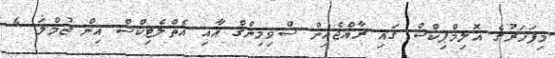
މިފަހަރުގެ އޮލިމްޕިކްސް ގައި ރާއްޖެއިން ސްވިމިންގް އާއި އެތްލެޓިކްސް އިން ޖުމްލަ 4